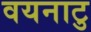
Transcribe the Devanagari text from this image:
वयनाटु